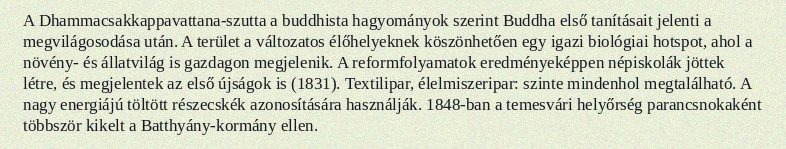
A Dhammacsakkappavattana-szutta a buddhista hagyományok szerint Buddha első tanításait jelenti a megvilágosodása után. A terület a változatos élőhelyeknek köszönhetően egy igazi biológiai hotspot, ahol a növény- és állatvilág is gazdagon megjelenik. A reformfolyamatok eredményeképpen népiskolák jöttek létre, és megjelentek az első újságok is (1831). Textilipar, élelmiszeripar: szinte mindenhol megtalálható. A nagy energiájú töltött részecskék azonosítására használják. 1848-ban a temesvári helyőrség parancsnokaként többször kikelt a Batthyány-kormány ellen.